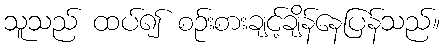
သူသည် ထပ်၍ စဉ်းစားချင့်ချိန်နေပြန်သည်။